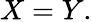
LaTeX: X=Y.